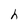
Character: h